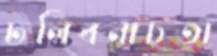
ঢলিবনাচতা